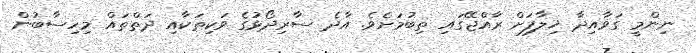
ނިންމީ ގަވާއިދާ ޚިލާފަށް ރާއްޖޭގައި ތިބުމަށެވެ. އާދެ ސާރިދޯޅުގެ ވަކިތަކާއި ދަތްތައް މިހިސާބުން